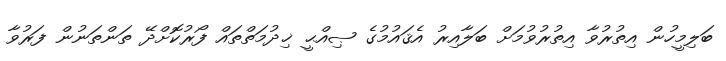
ބަލިމީހުން އިތުރުވާ އިތުރުވުމަށް ބަލާއިރު އެޤައުމުގެ ޞިއްޙީ ޚިދުމަތްތައް ފޯރުކޮށްދޭ ތަންތަނުން ފަރުވާ